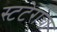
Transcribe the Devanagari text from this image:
स्टटेराचा